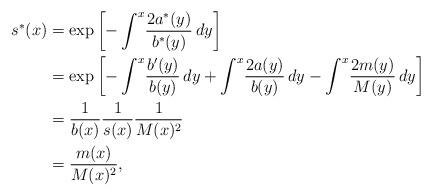
LaTeX: \begin{align*}s^*(x)&=\exp\left[ -\int^x\!\frac{2a^*(y)}{b^*(y)}\,dy \right] \\&=\exp\left[ -\int^x\!\frac{b'(y)}{b(y)}\,dy+\int^x\!\frac{2a(y)}{b(y)}\,dy-\int^x\!\frac{2m(y)}{M(y)}\,dy \right] \\&=\frac{1}{b(x)}\frac{1}{s(x)}\frac{1}{M(x)^2} \\&=\frac{m(x)}{M(x)^2}, \end{align*}